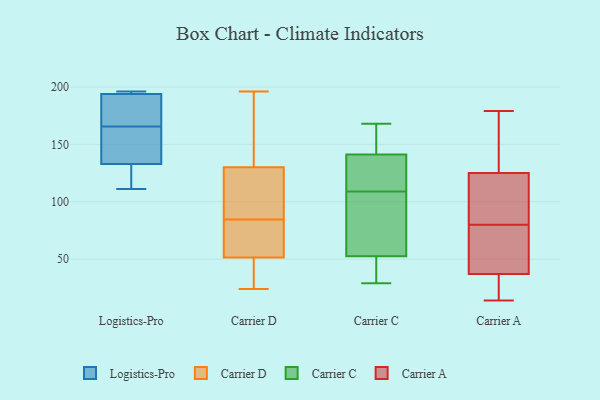
{"axis": {"x": "Latency (ms)", "y": "Value"}, "legend": ["Carrier A", "Carrier C", "Carrier D", "Logistics-Pro"], "data": [{"x": "", "y": 111, "type": "Logistics-Pro"}, {"x": "", "y": 133, "type": "Logistics-Pro"}, {"x": "", "y": 149, "type": "Logistics-Pro"}, {"x": "", "y": 195, "type": "Logistics-Pro"}, {"x": "", "y": 194, "type": "Logistics-Pro"}, {"x": "", "y": 182, "type": "Logistics-Pro"}, {"x": "", "y": 114, "type": "Logistics-Pro"}, {"x": "", "y": 196, "type": "Logistics-Pro"}, {"x": "", "y": 149, "type": "Logistics-Pro"}, {"x": "", "y": 188, "type": "Logistics-Pro"}, {"x": "", "y": 115, "type": "Carrier D"}, {"x": "", "y": 134, "type": "Carrier D"}, {"x": "", "y": 196, "type": "Carrier D"}, {"x": "", "y": 126, "type": "Carrier D"}, {"x": "", "y": 67, "type": "Carrier D"}, {"x": "", "y": 102, "type": "Carrier D"}, {"x": "", "y": 63, "type": "Carrier D"}, {"x": "", "y": 46, "type": "Carrier D"}, {"x": "", "y": 57, "type": "Carrier D"}, {"x": "", "y": 144, "type": "Carrier D"}, {"x": "", "y": 24, "type": "Carrier D"}, {"x": "", "y": 28, "type": "Carrier D"}, {"x": "", "y": 85, "type": "Carrier C"}, {"x": "", "y": 159, "type": "Carrier C"}, {"x": "", "y": 139, "type": "Carrier C"}, {"x": "", "y": 122, "type": "Carrier C"}, {"x": "", "y": 168, "type": "Carrier C"}, {"x": "", "y": 29, "type": "Carrier C"}, {"x": "", "y": 134, "type": "Carrier C"}, {"x": "", "y": 45, "type": "Carrier C"}, {"x": "", "y": 109, "type": "Carrier C"}, {"x": "", "y": 31, "type": "Carrier C"}, {"x": "", "y": 105, "type": "Carrier C"}, {"x": "", "y": 55, "type": "Carrier C"}, {"x": "", "y": 148, "type": "Carrier C"}, {"x": "", "y": 18, "type": "Carrier A"}, {"x": "", "y": 90, "type": "Carrier A"}, {"x": "", "y": 125, "type": "Carrier A"}, {"x": "", "y": 14, "type": "Carrier A"}, {"x": "", "y": 35, "type": "Carrier A"}, {"x": "", "y": 171, "type": "Carrier A"}, {"x": "", "y": 113, "type": "Carrier A"}, {"x": "", "y": 99, "type": "Carrier A"}, {"x": "", "y": 70, "type": "Carrier A"}, {"x": "", "y": 179, "type": "Carrier A"}, {"x": "", "y": 37, "type": "Carrier A"}, {"x": "", "y": 97, "type": "Carrier A"}, {"x": "", "y": 59, "type": "Carrier A"}, {"x": "", "y": 160, "type": "Carrier A"}, {"x": "", "y": 59, "type": "Carrier A"}, {"x": "", "y": 34, "type": "Carrier A"}, {"x": "", "y": 166, "type": "Carrier A"}, {"x": "", "y": 44, "type": "Carrier A"}]}